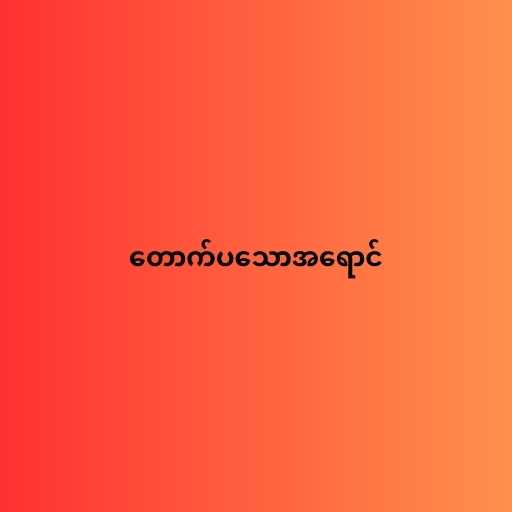
တောက်ပသောအရောင်